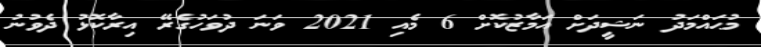
މުޙައްމަދު ނަޝީދަށް އަމާޒުކޮށް 6 މެއި 2021 ވަނަ ދުވަހުގެރޭ އިރާކޮޅު ދެވުނު